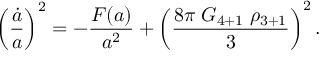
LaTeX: \left( { \frac { \dot { a } } { a } } \right) ^ { 2 } = - { \frac { F ( a ) } { a ^ { 2 } } } + \left( { \frac { 8 \pi \; G _ { 4 + 1 } \; \rho _ { 3 + 1 } } { 3 } } \right) ^ { 2 } .